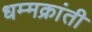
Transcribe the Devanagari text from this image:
धम्मक्रांती